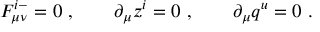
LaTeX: { \cal F } _ { \mu \nu } ^ { i - } = 0 \ , \qquad \partial _ { \mu } z ^ { i } = 0 \ , \qquad \partial _ { \mu } q ^ { u } = 0 \ .